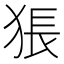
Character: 𤟔